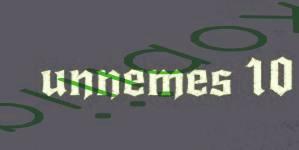
unnemes 10